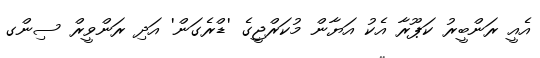
އެއީ ރަންބީރު ކަޕޫރާ އެކު އަޔާން މުކަރްޖީގެ 'ޑްރެގަން' އަދި ރަންވީރް ސިންގ